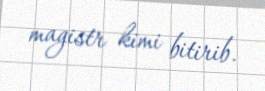
magistr kimi bitirib.